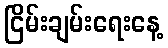
ငြိမ်းချမ်းရေးနေ့